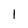
Character: l